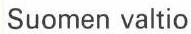
Suomen valtio